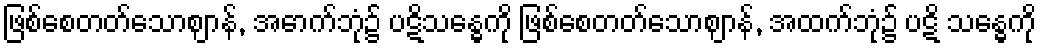
ဖြစ်စေတတ်သောဈာန်, အောက်ဘုံ၌ ပဋိသန္ဓေကို ဖြစ်စေတတ်သောဈာန်, အထက်ဘုံ၌ ပဋိ သန္ဓေကို